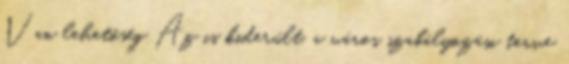
Van lehetőség Az is kiderült, a város szabályozási terve